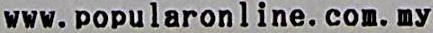
WWW.POPULARONLINE.COM.MY